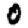
Digit: 0